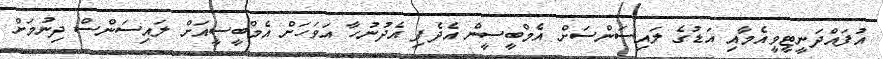
އުފައްދަނީޓީވީއެމާއި އަޑުގެ ލައިސަންސަށް އެމްބީސީން އެދެފި އެދުނުހާ އަވަހަށް އެމްބީސީއަށް ލައިސަންސް ދިނުމަށް